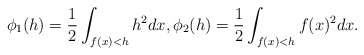
\begin{align*} \begin{aligned} \phi_1(h)=\frac{1}{2}\int_{f(x)<h}h^2dx, \phi_2(h)=\frac{1}{2}\int_{f(x)<h}f(x)^2dx. \end{aligned} \end{align*}